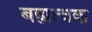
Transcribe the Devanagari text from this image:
बह्यत्वक